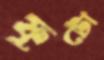
ফুটো